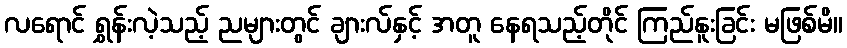
လရောင် ရွှန်းလဲ့သည့် ညများတွင် ချားလ်နှင့် အတူ နေရသည့်တိုင် ကြည်နူးခြင်း မဖြစ်မိ။